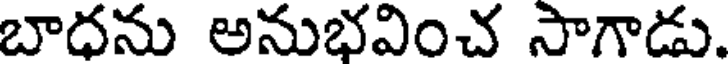
బాధను అనుభవించ సాగాడు.